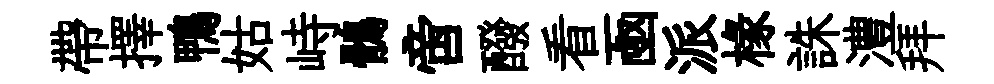
帶擇鴨姑峙鶻啻醱看凾派椽誅澧拜